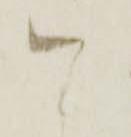
こ